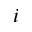
i